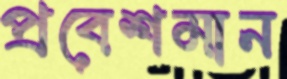
প্রবেশমান